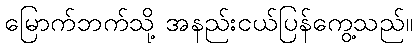
မြောက်ဘက်သို့ အနည်းငယ်ပြန်ကွေ့သည်။